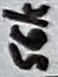
Text: 56k